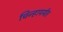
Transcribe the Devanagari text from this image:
चिन्हापर्यंत